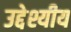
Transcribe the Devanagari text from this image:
उद्देश्यीय